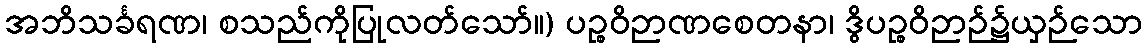
အဘိသင်္ခရဏ၊ စသည်ကိုပြုလတ်သော်။) ပဉ္စဝိဉာဏစေတနာ၊ ဒွိပဉ္စဝိဉာဉ်၌ယှဉ်သော